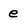
Character: e